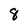
Character: 8